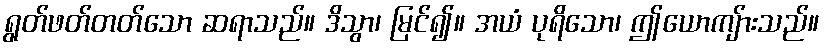
ရွတ်ဖတ်တတ်သော ဆရာသည်။ ဒိသွာ၊ မြင်၍။ အယံ ပုရိသော၊ ဤယောကျ်ားသည်။